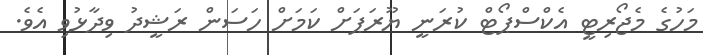
މަހުގެ މެޖޯރިޓީ އެކްސްޕޯޓް ކުރަނީ ޔޫރަޕަށް ކަމަށް ހަސަން ރަޝީދު ވިދާޅުވި އެވެ.